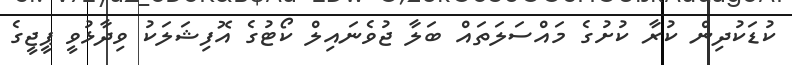
ކުޑަކުދިން ކުރާ ކުށުގެ މައްސަލަތައް ބަލާ ޖުވެނައިލް ކޯޓުގެ އޮފިޝަލަކު ވިދާޅުވީ ޕީޖީގެ